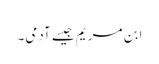
ابن مریم جیسے آدمی۔